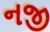
નજી